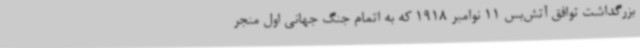
بزرگداشت توافق آتش‌بس 11 نوامبر 1918 که به اتمام جنگ جهانی اول منجر